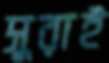
সুরাই